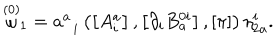
\stackrel { \left( 0 \right) } { \omega } _ { 1 } = a _ { \; \; i } ^ { a } \left( \left[ A _ { i } ^ { a } \right] , \left[ \partial _ { i } B _ { a } ^ { 0 i } \right] , \left[ \pi \right] \right) \eta _ { 2 a } ^ { i } .